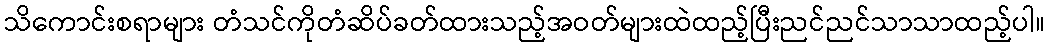
သိကောင်းစရာများ တံသင်ကိုတံဆိပ်ခတ်ထားသည့်အဝတ်များထဲထည့်ပြီးညင်ညင်သာသာထည့်ပါ။